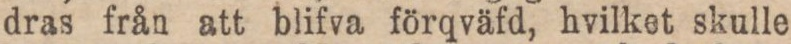
dras från att blifva förqväfd, hvilket skulle